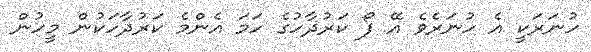
ހުނަރަކީ އެ ހުނަރެވެ އޭ ފޯ ކަރުދާހުގެ ހަމަ އެންމެ ކަރުދާހަކުން މީހުން